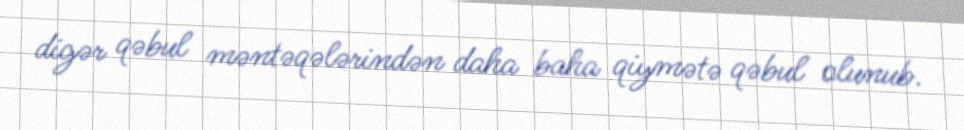
digər qəbul məntəqələrindən daha baha qiymətə qəbul olunub.